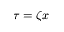
\tau = \zeta x